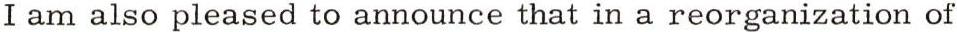
I am also pleased to announce that in a reorganization of